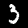
Digit: 3